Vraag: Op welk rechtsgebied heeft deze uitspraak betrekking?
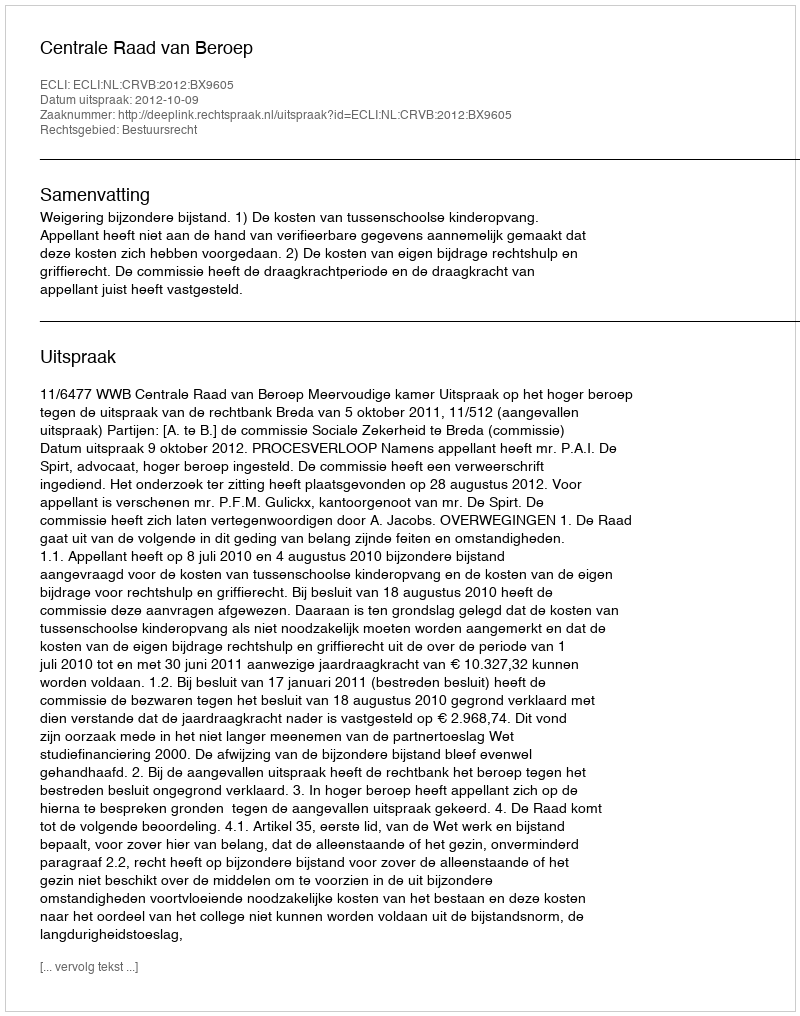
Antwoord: Bestuursrecht